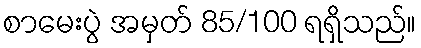
စာမေးပွဲ အမှတ် 85/100 ရရှိသည်။